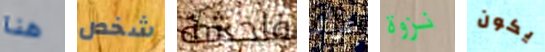
هنا شخص فاحشة غرار نزوة يكون